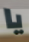
يا